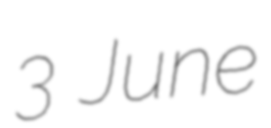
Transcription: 3 June